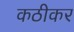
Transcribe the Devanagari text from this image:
कठीकर